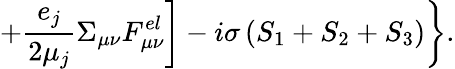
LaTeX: +\frac{e_{j}}{2\mu_{j}}\Sigma_{\mu\nu}F_{\mu\nu}^{el}\biggr]-i\sigma\left(S_{1}+S_{2}+S_{3}\right)\biggr\} .